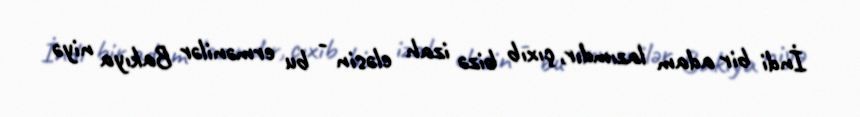
İndi bir adam lazımdır, çıxıb bizə izah eləsin - bu ermənilər Bakıya niyə